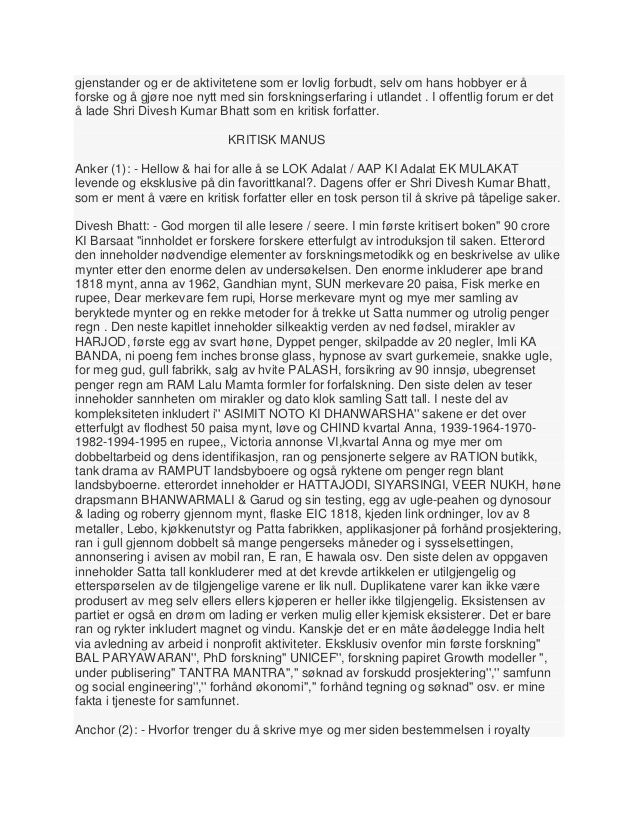
Language: no